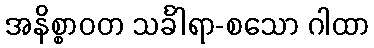
အနိစ္စာဝတ သင်္ခါရာ-စသော ဂါထာ